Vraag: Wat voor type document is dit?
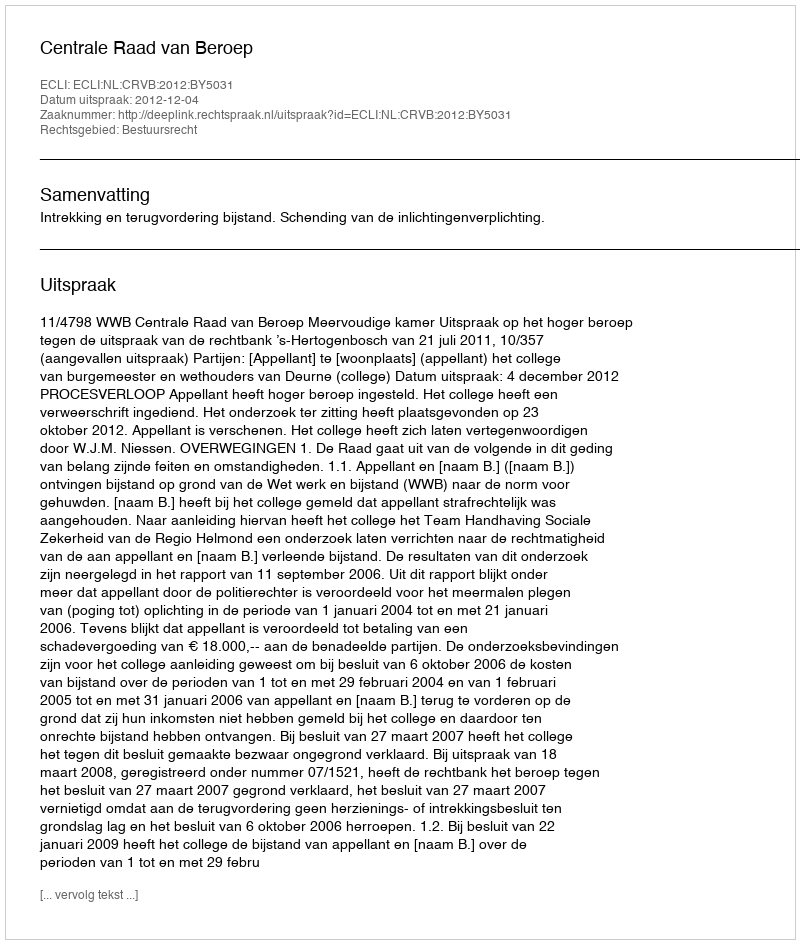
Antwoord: Uitspraak